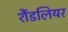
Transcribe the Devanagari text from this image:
शैंडलियर